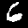
Digit: 6